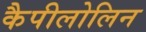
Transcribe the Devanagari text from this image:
कैपीलोलिन